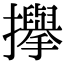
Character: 㩮